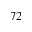
7 2